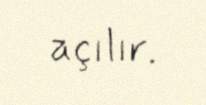
açılır.